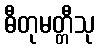
ဓီတုမတ္တီသု